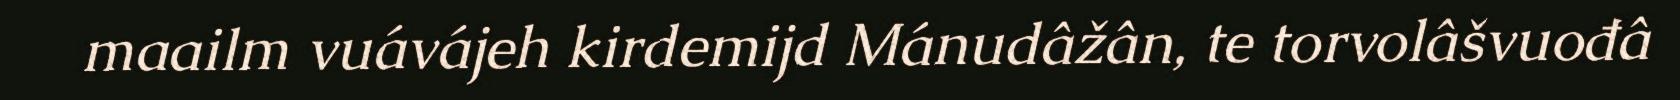
maailm vuávájeh kirdemijd Mánudâžân, te torvolâšvuođâ